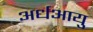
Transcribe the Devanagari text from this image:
अर्धआयु